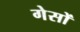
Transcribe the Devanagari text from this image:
गेसों